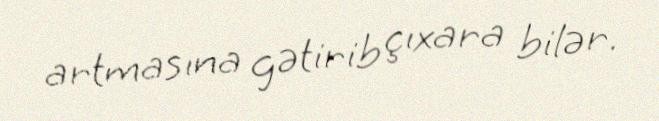
artmasına gətirib çıxara bilər.